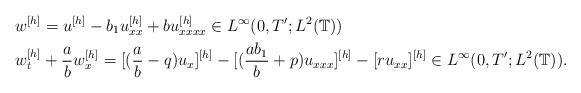
LaTeX: \begin{align*} &w^{[h]}=u^{[h]}-b_1u_{xx}^{[h]}+bu_{xxxx}^{[h]}\in L^{\infty}(0,T';L^2(\mathbb{T})) \\ &w_{t}^{[h]}+\frac{a}{b}w_{x}^{[h]}=[(\frac{a}{b}-q)u_x]^{[h]}-[(\frac{ab_1}{b}+p)u_{xxx}]^{[h]}-[ru_{xx}]^{[h]}\in L^{\infty}(0,T';L^2(\mathbb{T})).\end{align*}